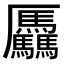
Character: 𠫑